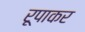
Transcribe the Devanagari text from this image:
रूपाकर